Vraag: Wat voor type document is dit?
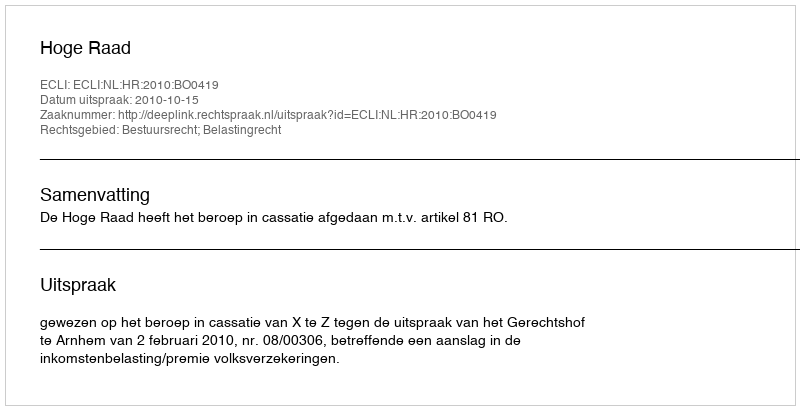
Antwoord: Uitspraak